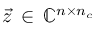
\vec { z } \, \in \, \mathbb { C } ^ { n \times n _ { c } }